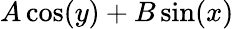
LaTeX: A\cos(y)+B\sin(x)